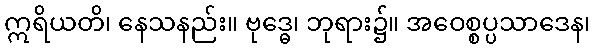
ဣရိယတိ၊ နေသနည်း။ ဗုဒ္ဓေ၊ ဘုရား၌။ အဝေစ္စပ္ပသာဒေန၊